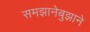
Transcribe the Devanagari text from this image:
समझानेबुझाने